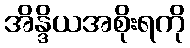
အိန္ဒိယအစိုးရကို